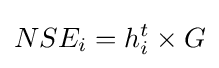
NSE_{i}=h_{i}^{t}\times G